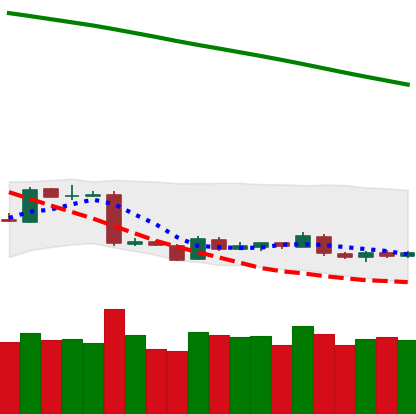
Ticker: BTC-USD
Chart end date: 2019-01-24
Forward return: -4.242%
Label: down_3_5